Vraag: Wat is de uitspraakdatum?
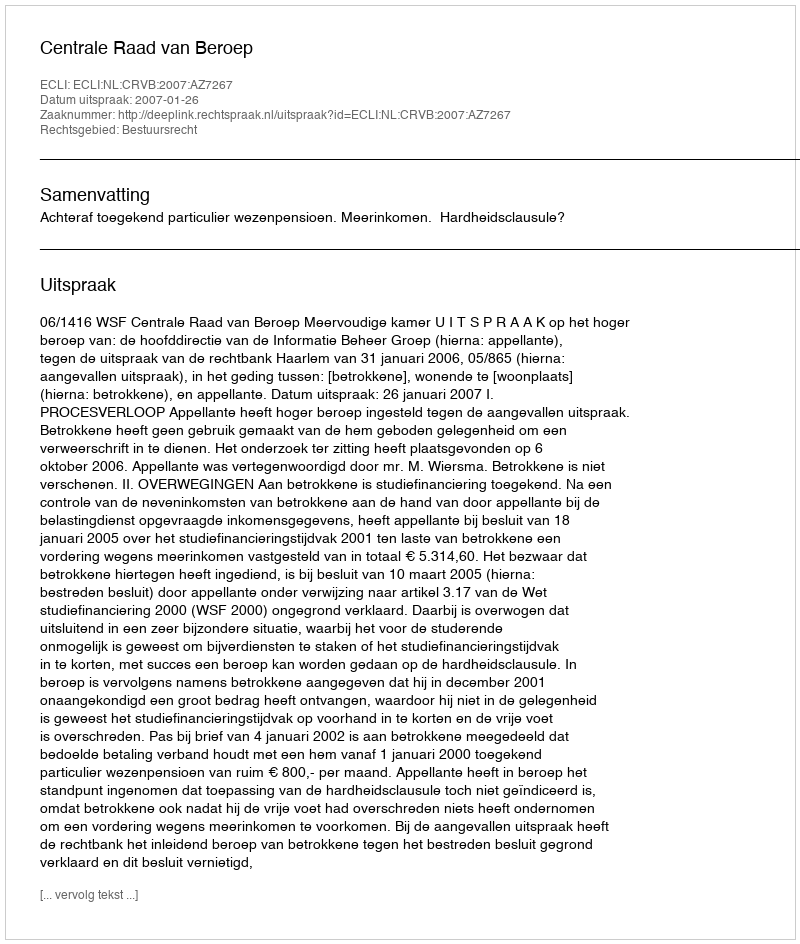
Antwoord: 2007-01-26